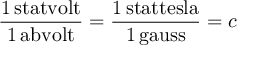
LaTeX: \mathrm { \frac { 1 \, s t a t v o l t } { 1 \, a b v o l t } } = \mathrm { \frac { 1 \, s t a t t e s l a } { 1 \, g a u s s } } = c